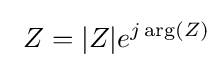
\ Z=|Z|e^{j\arg(Z)}